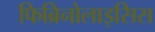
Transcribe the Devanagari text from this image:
फिब्रिनोलाइसिस